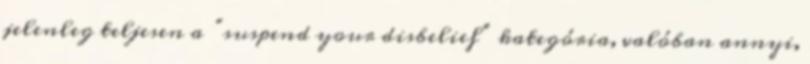
jelenleg teljesen a “suspend your disbelief” kategória, valóban annyi,